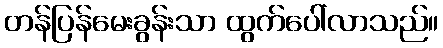
တန်ပြန်မေးခွန်းသာ ထွက်ပေါ်လာသည်။